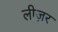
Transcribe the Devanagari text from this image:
लीज़र